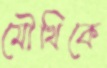
মৌখিকে